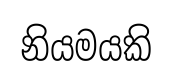
නියමයකි